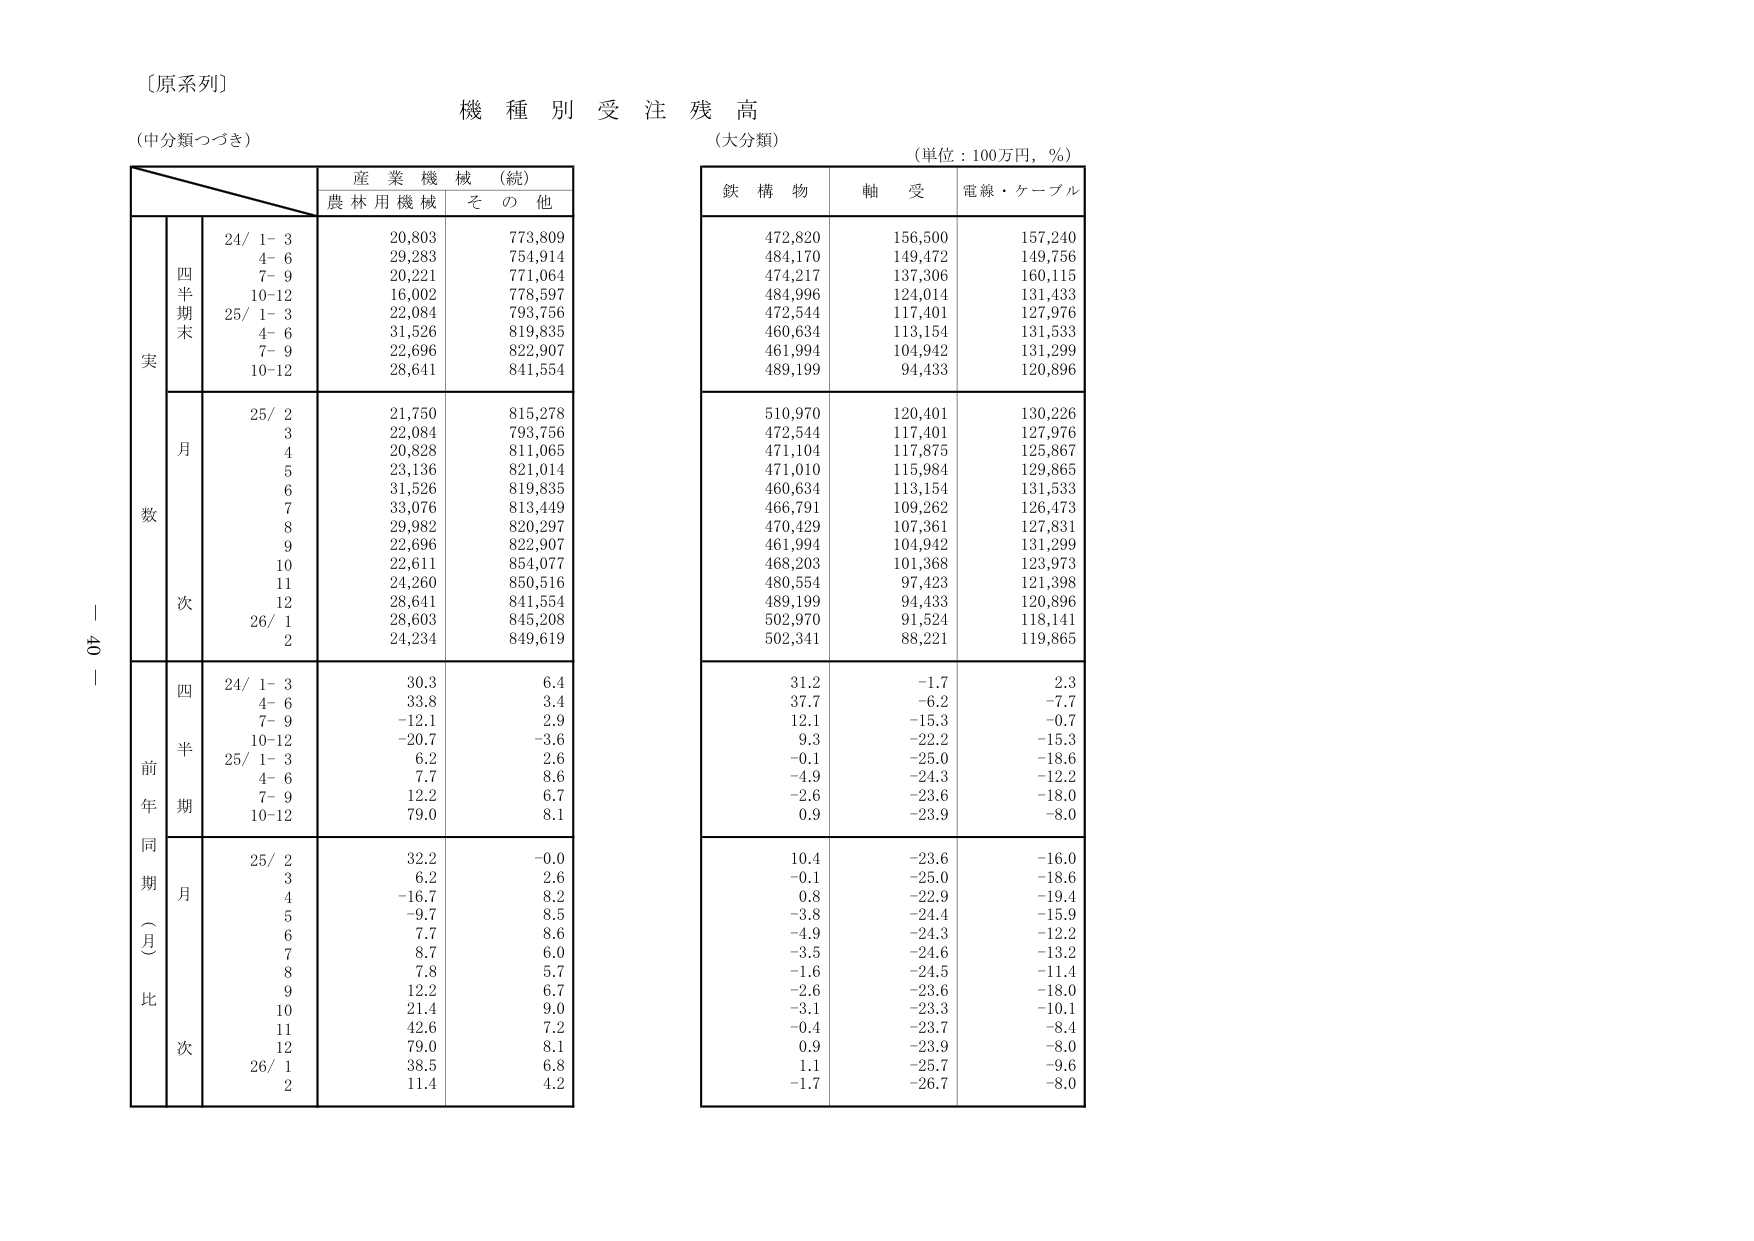
〔原系列〕
機種別受注残高
（中分類つづき）
（大分類）
（単位：100万円，％）

産業機械（続）
農林用機械　その他

鉄構物　軸受　電線・ケーブル

四半期末
24/ 1-3　　20,803　　773,809
　　4-6　　29,283　　754,914
　　7-9　　20,221　　771,064
　　10-12　16,002　　778,597
25/ 1-3　　22,084　　793,756
　　4-6　　31,526　　819,835
　　7-9　　22,696　　822,907
　　10-12　28,641　　841,554

月次
25/ 2　　21,750　　815,278
　　3　　22,084　　793,756
　　4　　20,828　　811,065
　　5　　23,136　　821,014
　　6　　31,526　　819,835
　　7　　33,076　　813,449
　　8　　29,982　　820,297
　　9　　22,696　　822,907
　　10　　22,611　　854,077
　　11　　24,260　　850,516
　　12　　28,641　　841,554
26/ 1　　28,603　　845,208
　　2　　24,234　　849,619

四半期
24/ 1-3　　30.3　　6.4
　　4-6　　33.8　　3.4
　　7-9　　-12.1　　2.9
　　10-12　-20.7　　-3.6
25/ 1-3　　6.2　　2.6
　　4-6　　7.7　　8.6
　　7-9　　12.2　　6.7
　　10-12　79.0　　8.1

月次
25/ 2　　32.2　　-0.0
　　3　　6.2　　2.6
　　4　　-16.7　　8.2
　　5　　-9.7　　8.5
　　6　　7.7　　8.6
　　7　　8.7　　6.0
　　8　　7.8　　5.7
　　9　　12.2　　6.7
　　10　　21.4　　9.0
　　11　　42.6　　7.2
　　12　　79.0　　8.1
26/ 1　　38.5　　6.8
　　2　　11.4　　4.2

472,820　　156,500　　157,240
484,170　　149,472　　149,756
474,217　　137,306　　160,115
484,996　　124,014　　131,433
472,544　　117,401　　127,976
460,634　　113,154　　131,533
461,994　　104,942　　131,299
489,199　　94,433　　120,896

510,970　　120,401　　130,226
472,544　　117,401　　127,976
471,104　　117,875　　125,867
471,010　　115,984　　129,865
460,634　　113,154　　131,533
466,791　　109,262　　126,473
470,429　　107,361　　127,831
461,994　　104,942　　131,299
468,203　　101,368　　123,973
480,554　　97,423　　121,398
489,199　　94,433　　120,896
502,970　　91,524　　118,141
502,341　　88,221　　119,865

31.2　　-1.7　　2.3
37.7　　-6.2　　-7.7
12.1　　-15.3　　-0.7
9.3　　-22.2　　-15.3
-0.1　　-25.0　　-18.6
-4.9　　-24.3　　-12.2
-2.6　　-23.6　　-18.0
0.9　　-23.9　　-8.0

10.4　　-23.6　　-16.0
-0.1　　-25.0　　-18.6
0.8　　-22.9　　-19.4
-3.8　　-24.4　　-15.9
-4.9　　-24.3　　-12.2
-3.5　　-24.6　　-13.2
-1.6　　-24.5　　-11.4
-2.6　　-23.6　　-18.0
-3.1　　-23.3　　-10.1
-0.4　　-23.7　　-8.4
0.9　　-23.9　　-8.0
1.1　　-25.7　　-9.6
-1.7　　-26.7　　-8.0

40